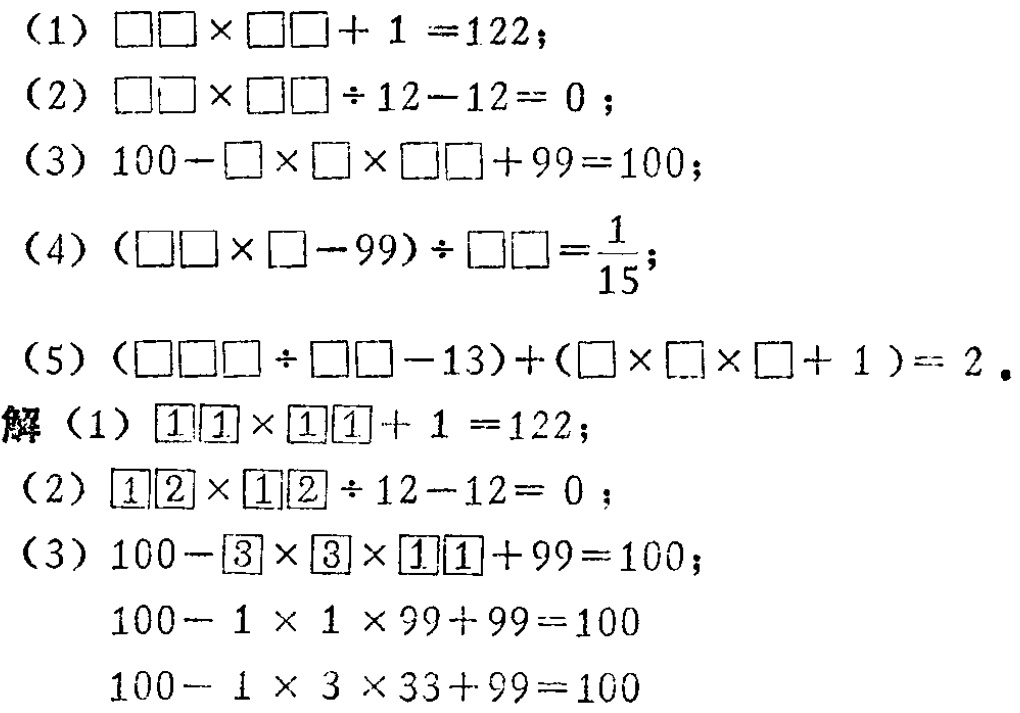
（1）$\square\square\times\square\square + 1 = 122$；

（2）$\square\square\times\square\square\div12 - 12 = 0$；

（3）$100-\square\times\square\times\square\square + 99 = 100$；

（4）$(\square\square\times\square - 99)\div\square\square=\frac{1}{15}$；

（5）$(\square\square\square\div\square\square - 13)+(\square\times\square\times\square + 1)=2$。

解（1）$\boxed{1}\boxed{1}\times\boxed{1}\boxed{1}+ 1 = 122$；

（2）$\boxed{1}\boxed{2}\times\boxed{1}\boxed{2}\div12 - 12 = 0$；

（3）$100-\boxed{3}\times\boxed{3}\times\boxed{1}\boxed{1}+ 99 = 100$；

$100 - 1\times1\times99 + 99 = 100$

$100 - 1\times3\times33 + 99 = 100$